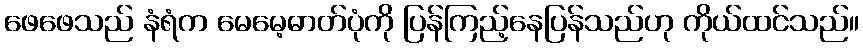
ဖေဖေသည် နံရံက မေမေ့ဓာတ်ပုံကို ပြန်ကြည့်နေပြန်သည်ဟု ကိုယ်ထင်သည်။